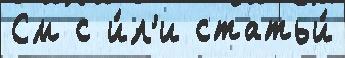
См с и́л'и статьи́